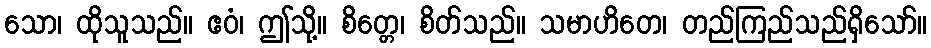
သော၊ ထိုသူသည်။ ဧဝံ၊ ဤသို့။ စိတ္တေ၊ စိတ်သည်။ သမာဟိတေ၊ တည်ကြည်သည်ရှိသော်။